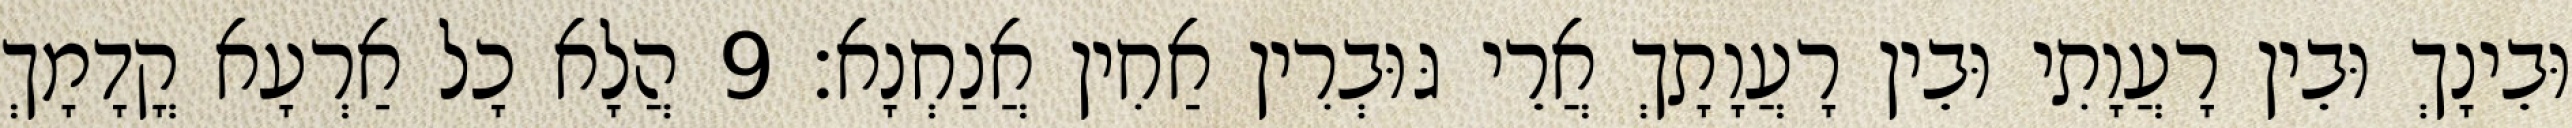
וּבֵינָךְ וּבֵין רָעֲוָתִי וּבֵין רָעֲוָתָךְ אֲרֵי גּוּבְרִין אַחִין אֲנַחְנָא׃ 9 הֲלָא כָל אַרְעָא קֳדָמָךְ